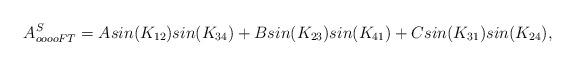
LaTeX: \begin{align*}A^S_{oooo FT} = A sin(K_{12}) sin(K_{34}) + B sin(K_{23}) sin(K_{41})+ C sin(K_{31}) sin (K_{24}),\end{align*}